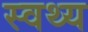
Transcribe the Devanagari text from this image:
स्वथ्य